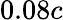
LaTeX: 0.08c